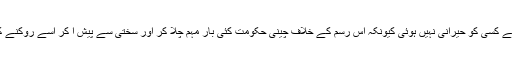
تازہ ترین کریک ڈاون سے کسی کو حیرانی نہیں ہوئی کیونکہ اس رسم کے خلاف چینی حکومت کئی بار مہم چلا کر اور سختی سے پیش آ کر اسے روکنے کی کوشش کر چکی ہے۔